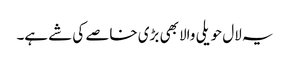
یہ لال حویلی والا بھی بڑی خاصے کی شے ہے۔